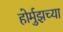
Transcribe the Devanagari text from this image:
होर्मुझच्या